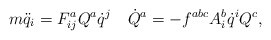
\begin{align*}m\ddot{q}_i = F^a_{ij}Q^a\dot{q}^j \quad\dot{Q}^a = -f^{abc} A^b_i \dot{q}^i Q^c ,\end{align*}